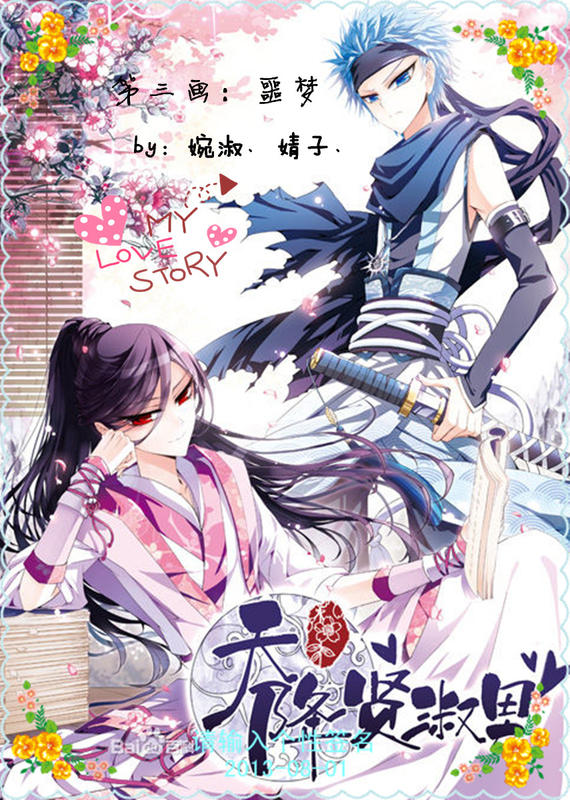
士有妒友，则贤交不亲。